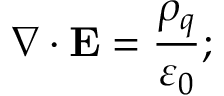
\nabla \cdot \mathbf { E } = { \frac { \rho _ { q } } { \varepsilon _ { 0 } } } ;